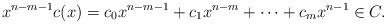
LaTeX: \begin{align*}x^{n-m-1}c(x)=c_0x^{n-m-1}+c_1x^{n-m}+\cdots+c_mx^{n-1} \in C. \end{align*}